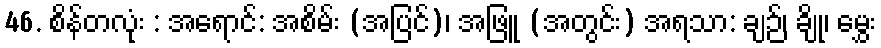
46. စိန်တလုံး : အရောင်: အစိမ်း (အပြင်)၊ အဖြူ (အတွင်း) အရသာ: ချဉ်၊ ချို၊ မွှေး